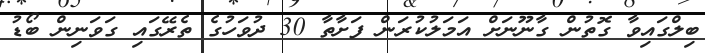
ބިލްގައިވާ ގޮތުން ގާނޫނަށް އަމަލުކުރަން ފަށާތާ 30 ދުވަހުގެ ތެރޭގައި ގަވަނިން ބޯޑު